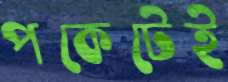
পকেটেই